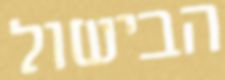
הבישול